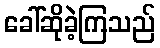
ခေါ်ဆိုခဲ့ကြသည်